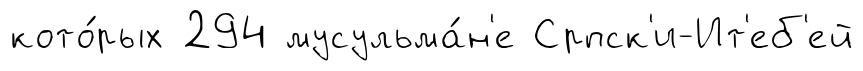
кото́рых 294 мусульма́н'е Српск'и-Ит'еб'ей